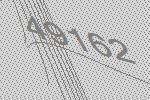
49162